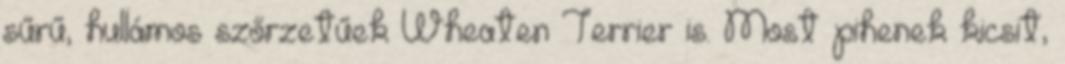
sűrű, hullámos szőrzetűek Wheaten Terrier is. Most pihenek kicsit,